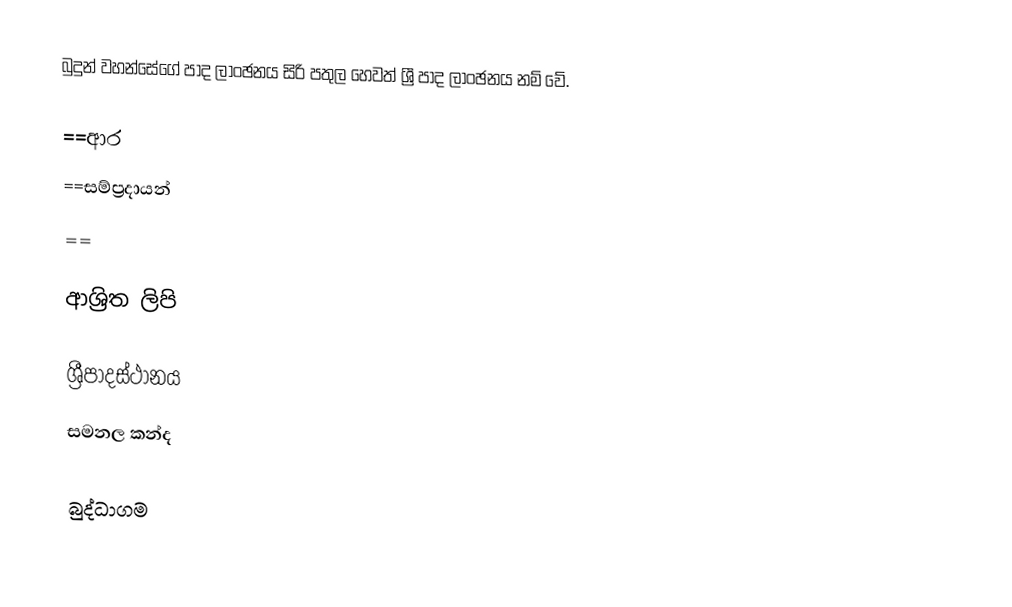
බුදුන් වහන්සේගේ පාද ලාංඡනය සිරි පතුල හෙවත් ශ්‍රී පාද ලාංඡනය නම් වේ.

==ආර
==සම්ප්‍රදායන්
==

ආශ්‍රිත ලිපි

 ශ්‍රීපාදස්ථානය
 සමනල කන්ද

බුද්ධාගම